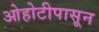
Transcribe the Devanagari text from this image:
ओहोटीपासून